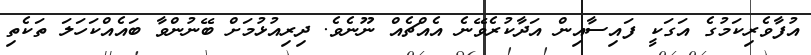
އުފާވެރިކަމުގެ އަގަކީ ފައިސާއިން އަދާކުރެވޭނެ އެއްޗެއް ނޫނެވެ. ދިރިއުޅުމަށް ބޭނުންވާ ބައެއްކަހަލަ ތަކެތި